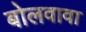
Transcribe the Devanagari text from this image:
बोलवावा